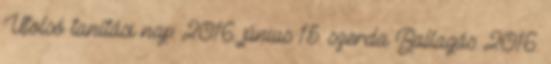
Utolsó tanítási nap: 2016. június 15. szerda Ballagás: 2016.